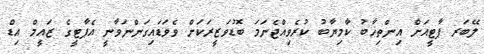
ލޭބަރ ޕާޓީއަށް އިންތިޚާބު ކާމިޔާބު ކުރެވިއްޖެނަމަ ބޮޑުވަޒީރަކަށް ވެވަޑައިގަންނަވާނީ އެޕާޓީގެ ޒައީމް އިޑް